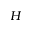
H